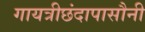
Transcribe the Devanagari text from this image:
गायत्रीछंदापासौनी